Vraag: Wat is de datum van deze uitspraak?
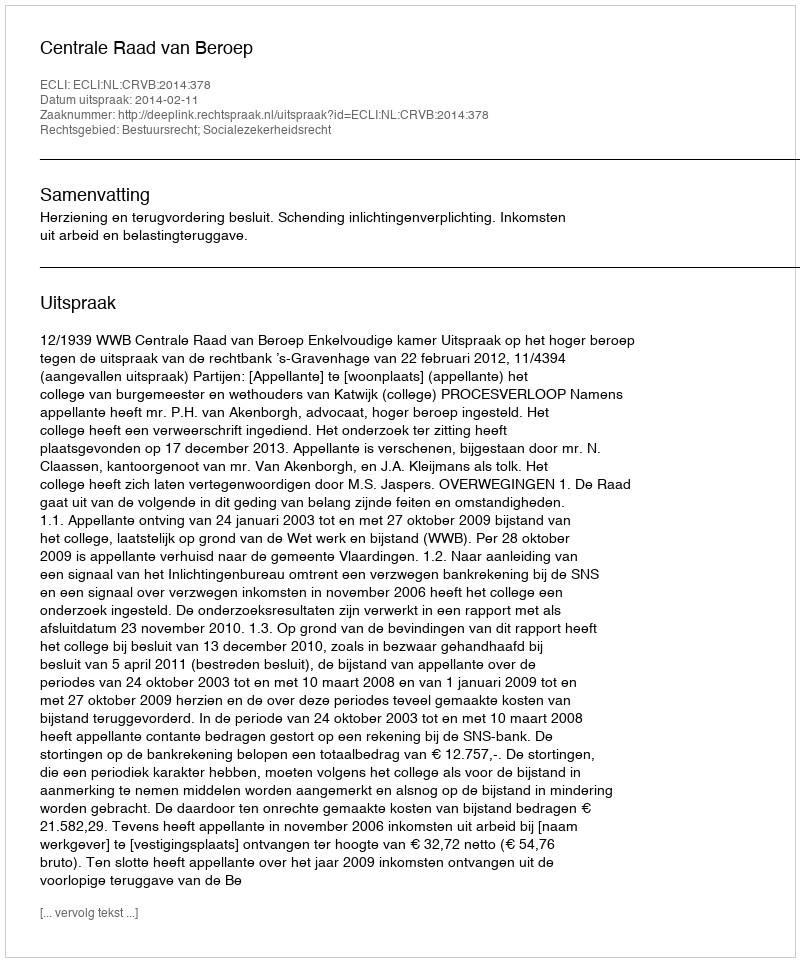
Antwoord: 2014-02-11